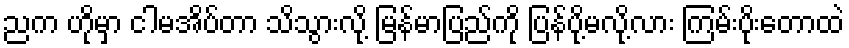
ညက ဟိုမှာ ငါမအိပ်တာ သိသွားလို့ မြန်မာပြည်ကို ပြန်ပို့မလို့လား ကြမ်းပိုးတောထဲ